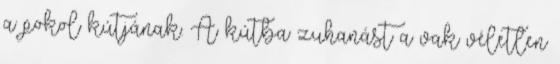
a pokol kútjának. A kútba zuhanást a vak véletlen